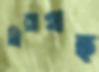
নিরাগ্রহ